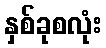
နှစ်ခုစလုံး